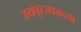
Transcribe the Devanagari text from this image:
जयपूरजवळच्या